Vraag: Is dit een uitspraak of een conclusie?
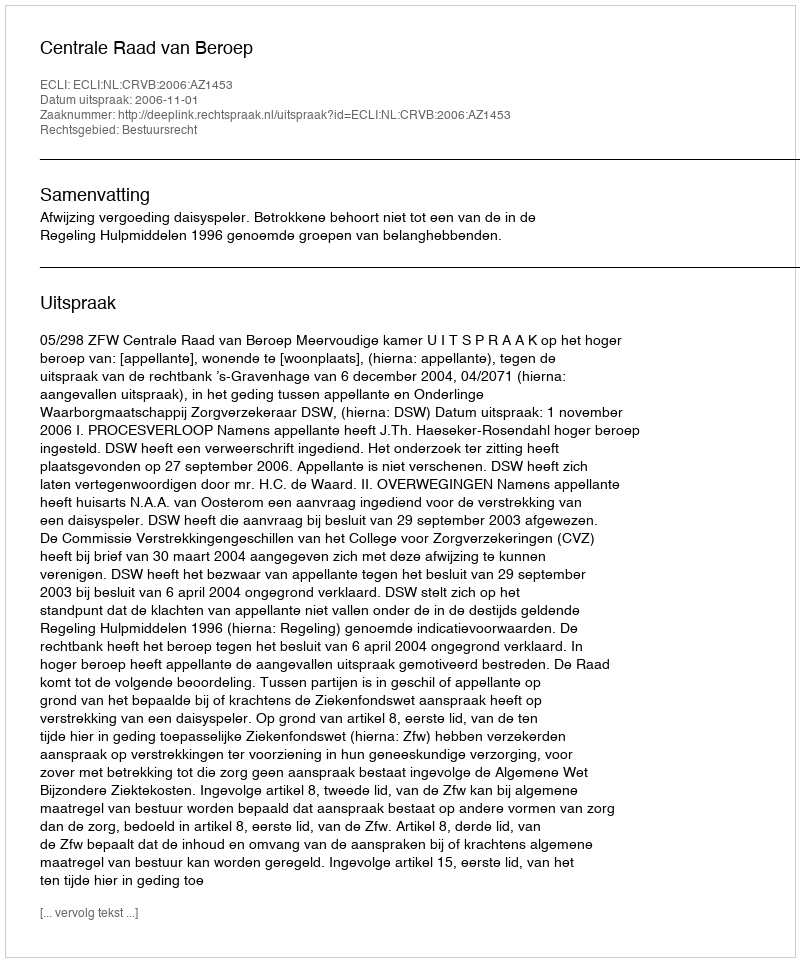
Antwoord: Uitspraak